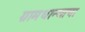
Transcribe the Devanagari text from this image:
ग्रामधान्याचा